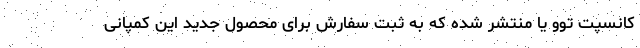
کانسپت توو یا منتشر شده که به ثبت سفارش برای محصول جدید این کمپانی